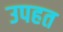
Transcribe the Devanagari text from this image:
उपहत